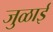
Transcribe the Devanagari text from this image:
जुळाई